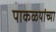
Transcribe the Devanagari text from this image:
पाकळयांच्या